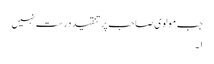
جب مولوی صاحب پر تنقید درست نہیں
۱۔